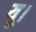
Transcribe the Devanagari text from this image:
यू।